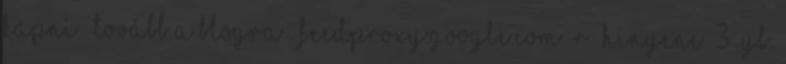
kapni . Tovább a blogra . feedproxy.google.com r hinyenc 3 YB.